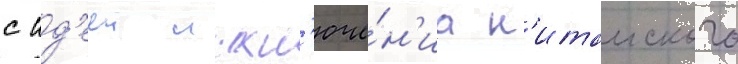
с ид'ееи искл'юче́н'иа к'итаиского